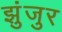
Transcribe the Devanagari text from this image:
झुंजुर